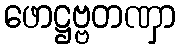
ဖောဋ္ဌဗ္ဗတဏှာ